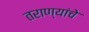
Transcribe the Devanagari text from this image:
तराण्यांचे